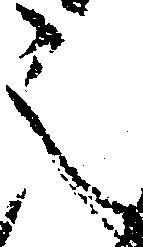
之